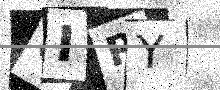
Text: 6IRY